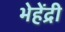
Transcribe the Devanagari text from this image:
भेहेंद्री